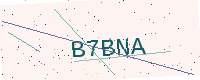
Text: B7BNA